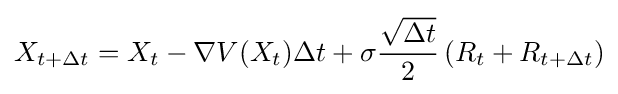
X_{t+\Delta t}=X_{t}-\nabla V(X_{t})\Delta t+\sigma {\frac {\sqrt {\Delta t}}{2}}\,(R_{t}+R_{t+\Delta t})